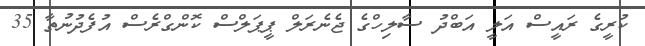
ކުރީގެ ރައީސް އަލީ އަބްދު ސާލިހްގެ ޖެނެރަލް ޕީޕަލްސް ކޮންގްރެސް އުފެދުނުތާ 35